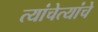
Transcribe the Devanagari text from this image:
त्यांचेत्यांचे